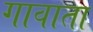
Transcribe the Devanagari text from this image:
गावाता